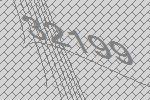
32199